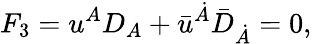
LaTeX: F_{3}={u}^{A}D_{A}+{\bar{u}}^{\dot{A}}{\bar{D}}_{\dot{A}}=0,